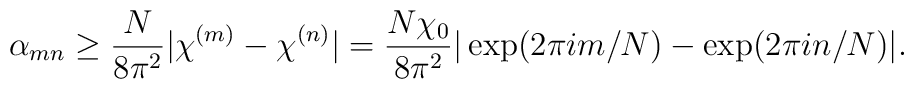
\alpha_{mn} \geq \frac{N}{8 \pi^2} |\chi^{(m)} - \chi^{(n)}| =\frac{N \chi_0}{8 \pi^2} |\exp(2 \pi i m/N) - \exp(2 \pi i n/N)|.